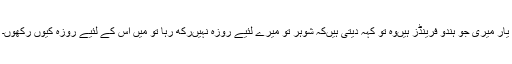
یار میری جو ہندو فرینڈز ہیں‌وہ تو کہہ دیتی ہیں‌کہ شوہر تو میرے لئیے روزہ نہیں‌رکھ رہا تو میں اس کے لئیے روزہ کیوں رکھوں۔